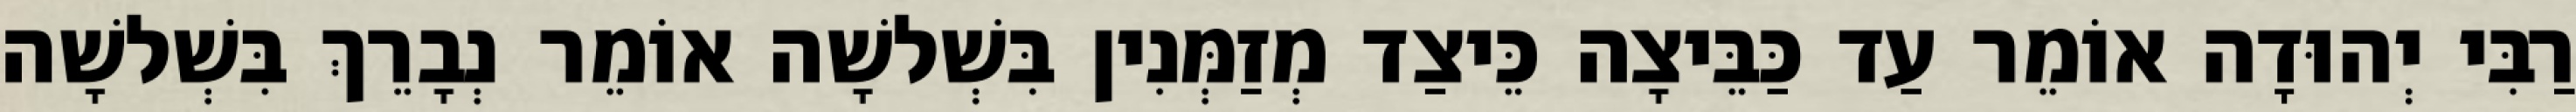
רַבִּי יְהוּדָה אוֹמֵר עַד כַּבֵּיצָה כֵּיצַד מְזַמְּנִין בִּשְׁלשָׁה אוֹמֵר נְבָרֵךְ בִּשְׁלשָׁה